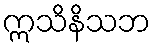
ဣသိနိသဘ